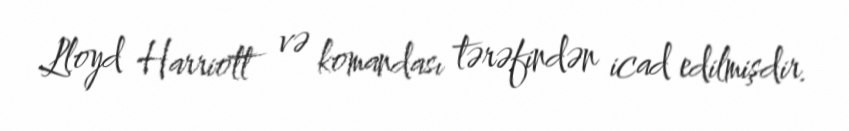
Lloyd Harriott və komandası tərəfindən icad edilmişdir.